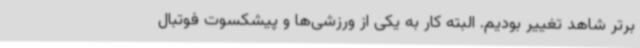
برتر شاهد تغییر بودیم. البته کار به یکی از ورزشی‌ها و پیشکسوت فوتبال